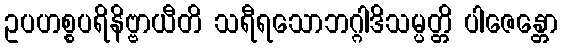
ဥပဟစ္စပရိနိဗ္ဗာယီတိ သရီရသောဘဂ္ဂါဒိသမ္ပတ္တိ ပါဇေန္တော